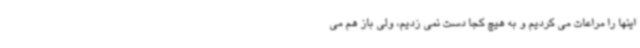
اینها را مراعات می کردیم و به هیچ کجا دست نمی زدیم، ولی باز هم می